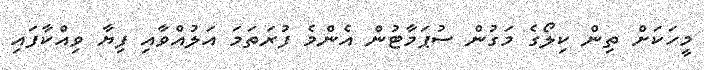
މީހަކަށް ތިން ކިލޯގެ މަގުން ސުޕަމާޓުން އެންމެ ފުރަތަމަ އަލުއްވާއި ފިޔާ ވިއްކާފައި